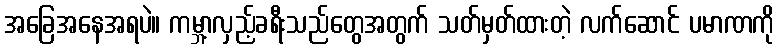
အခြေအနေအရပဲ။ ကမ္ဘာ့လှည့်ခရီးသည်တွေအတွက် သတ်မှတ်ထားတဲ့ လက်ဆောင် ပမာဏကို